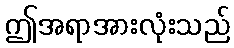
ဤအရာအားလုံးသည်